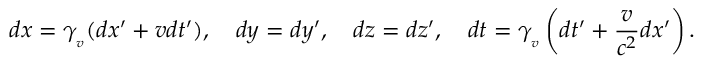
d x = \gamma _ { _ { v } } ( d x ^ { \prime } + v d t ^ { \prime } ) , \quad d y = d y ^ { \prime } , \quad d z = d z ^ { \prime } , \quad d t = \gamma _ { _ { v } } \left( d t ^ { \prime } + { \frac { v } { c ^ { 2 } } } d x ^ { \prime } \right) .